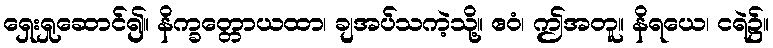
ရှေးရှုဆောင်၍။ နိက္ခတ္တောယထာ၊ ချအပ်သကဲ့သို့။ ဧဝံ၊ ဤအတူ။ နိရယေ၊ ငရဲ၌။